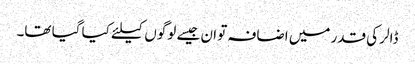
ڈالر کی قدر میں اضافہ تو ان جیسے لوگوں کیلئے کیا گیا تھا۔